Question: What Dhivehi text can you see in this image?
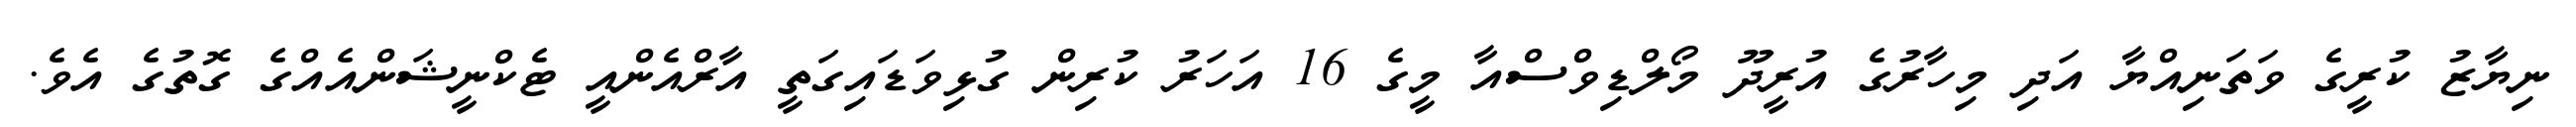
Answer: ނިޔާޒު ކުރީގެ ވަތަނިއްޔާ އަދި މިހާރުގެ އުރީދޫ މޯލްޑިވްސްއާ މީގެ 16 އަހަރު ކުރިން ގުޅިވަޑައިގަތީ އާރްއެންއީ ޓެކްނީޝަންއެއްގެ ގޮތުގެ އެވެ.